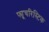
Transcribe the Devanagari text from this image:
फ्यूचरिस्टिक